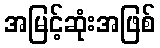
အမြင့်ဆုံးအဖြစ်